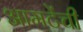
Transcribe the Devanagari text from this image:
आमटेंची